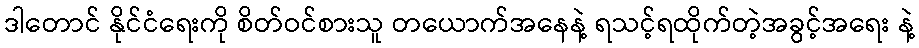
ဒါတောင် နိုင်ငံရေးကို စိတ်ဝင်စားသူ တယောက်အနေနဲ့ ရသင့်ရထိုက်တဲ့အခွင့်အရေး နဲ့